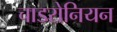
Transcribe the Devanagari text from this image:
चाडरोनियन